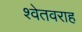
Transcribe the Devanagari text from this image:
श्वेतवराह